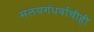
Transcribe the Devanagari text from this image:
मलयगंधर्वाचीही